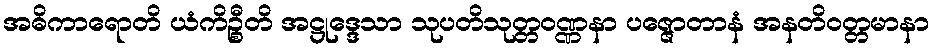
အဓိကာရောတိ ယံကိဉ္စီတိ အဋ္ဌုဒ္ဒေသာ သုပတိသုတ္တဝဏ္ဏနာ ပဇ္ဇောတာနံ အနတိဝတ္တမာနာ